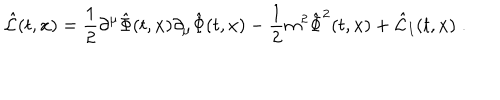
LaTeX: \hat { \cal L } ( t , x ) = { \frac { 1 } { 2 } } \partial ^ { \mu } \hat { \Phi } ( t , x ) \partial _ { \mu } \hat { \Phi } ( t , x ) - { \frac { 1 } { 2 } } m ^ { 2 } \hat { \Phi } ^ { 2 } ( t , x ) + \hat { \cal L } _ { I } ( t , x ) \; .